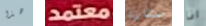
هذا معتمد مستشارة انا